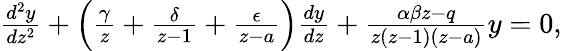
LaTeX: \begin{array}{r}{\frac{d^{2}y}{dz^{2}}+\Big(\frac{\gamma}{z}+\frac{\delta}{z-1}+\frac{\epsilon}{z-a}\Big)\frac{dy}{dz}+\frac{\alpha\beta z-q}{z(z-1)(z-a)}y=0,}\end{array}